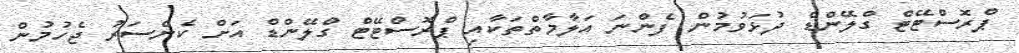
ޕްރޮސްޓޭޓް ގްލޭންޑް ދުޅަވުމުން ފެންނަ އަލާމާތްތަކާއި ޕްރޮސްޓޭޓް ގްލޭންޑް އަށް ކެންސަރު ޖެހުމުން